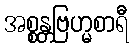
အစ္စန္တဗြဟ္မစာရီ